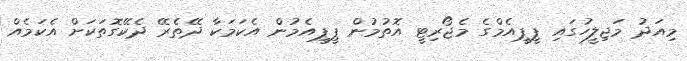
މިއަދު މަޖިލީހުގައި ޕީޕީއެމްގެ މެޖޯރިޓީ އޮތުމުން ޕީޕީއެމުން އެކަމަކާ ދޭތެރޭ ދެކޭގޮތަކަށް އެކަމެއް